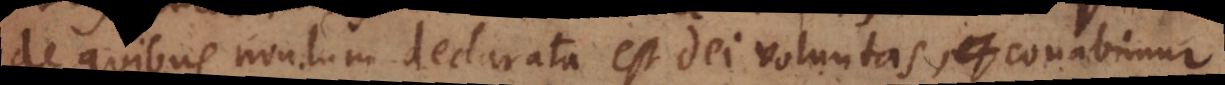
de quibus nondum declarata est Dei voluntas, conabimur